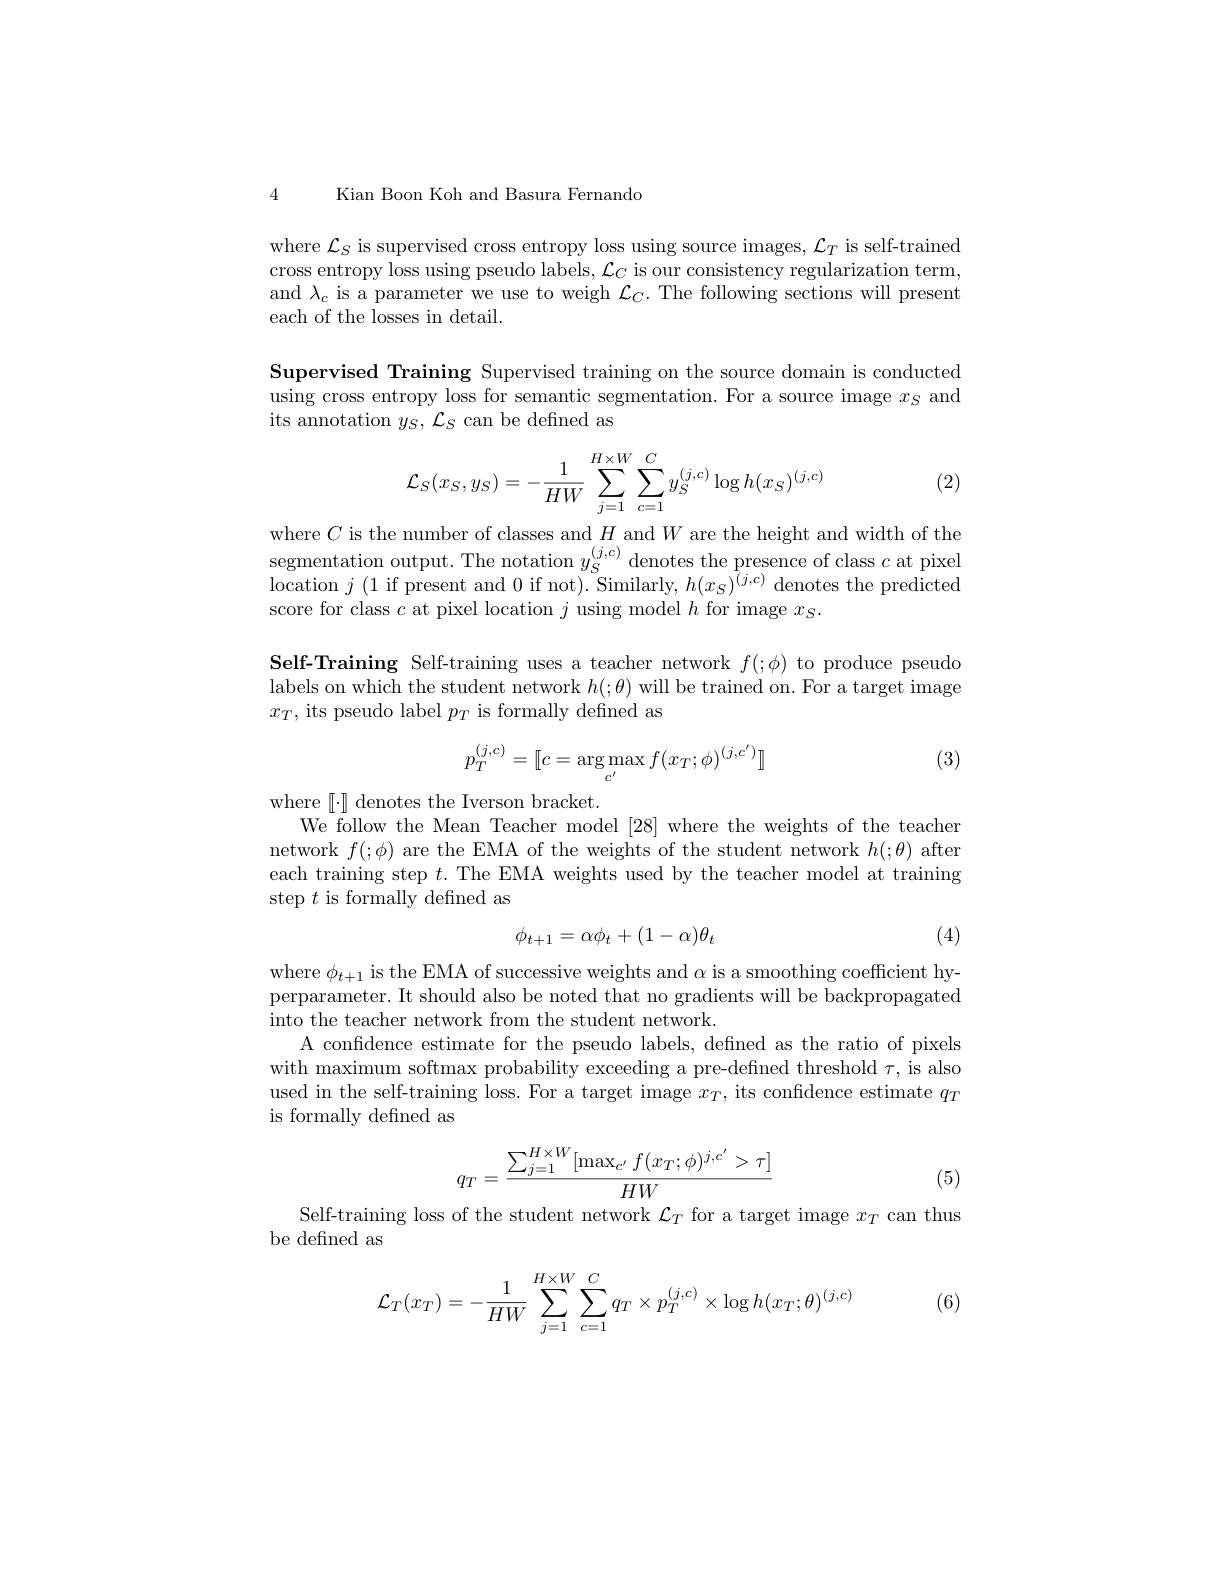
4 Kian Boon Koh and Basura Fernandd

where $\mathcal{L}_S$ is supervised cross entropy loss using source images, $\mathcal{L}_T$ is self-trained cross entropy loss using pseudo labels, $\mathcal{L}_C$ is our consistency regularization term, and $\lambda_{c}$ is a parameter we use to weigh $\mathcal{L}_C.$ The following sections will present each of the losses in detail.

Supervised Training Supervised training on the source domain is conducted using cross entropy loss for semantic segmentation. For a source image $x_S$ and its annotation $y_S,\mathcal{L}_S$ can be defined as
$$\mathcal{L}_S(x_S,y_S)=-\frac{1}{HW}\sum_{j=1}^{H\times W}\sum_{c=1}^{C}y_S^{(j,c)}\log h(x_S)^{(j,c)}$$
(2)

where $C$ is the number of classes and $H$ and $W$ are the height and width of the segmentation output. The notation $y_S^{(j,c)}$ denotes the presence of class $c$ at pixel $\bar{\text{location }j}(1$if present and 0 if not).Similarly$,h(x_S)^{\bar{(j,c)}}$ denotes the predicted score for class $c$ at pixel location $j$ using model $h$ for image $x_S.$

Self-Training Self-training uses a teacher network $f(;\phi)$ to produce pseudo labels on which the student network $h(;\theta)$ will be trained on. For a target image $x_T$, its pseudo label $p_T$ is formally defined as
$$p_{T}^{(j,c)}=[[c=\arg\max_{c^{\prime}}f(x_{T};\phi)^{(j,c^{\prime})}]]$$
(3)

$where[\cdot]denotes the Iverson bracket.$
We follow the Mean Teacher model [28] where the weights of the teacher network $f(;\phi)$ are the EMA of the weights of the student network $h(;\theta)$ after each training step $t.$ The EMA weights used by the teacher model at training step $t$ is formally defined as

(4)
$$\phi_{t+1}=\alpha\phi_t+(1-\alpha)\theta_t$$
where $\phi_{t+1}$ is the EMA of successive weights and $\alpha$ is a smoothing coefficient hyperparameter. It should also be noted that no gradients will be backpropagated into the teacher network from the student network
A confidence estimate for the pseudo labels, defined as the ratio of pixels with maximum softmax probability exceeding a pre-defined threshold $\tau$, is also used in the self-training loss. For a target image $x_T$, its confidence estimate $q_T$ is formally defined as
$$q_T=\frac{\sum_{j=1}^{H\times W}[\max_{c'}f(x_T;\phi)^{j,c'}>\tau]}{HW}$$
(5)

Self-training loss of the student network $\mathcal{L}_T$ for a target image $x_T$ can thus
be defined as

(6)
$$\mathcal{L}_T(x_T)=-\dfrac{1}{HW}\sum\limits_{j=1}^{H\times W}\sum\limits_{c=1}^Cq_T\times p_T^{(j,c)}\times\log h(x_T;\theta)^{(j,c)}$$